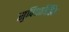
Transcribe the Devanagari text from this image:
सुविधाविहिन